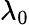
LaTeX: \lambda_{0}